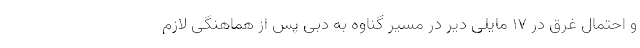
و احتمال غرق در ۱۷ مایلی دیر در مسیر گناوه به دبی پس از هماهنگی لازم